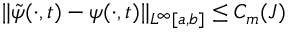
\| \tilde { \psi } ( \cdot , t ) - \psi ( \cdot , t ) \| _ { L ^ { \infty } [ a , b ] } \leq C _ { m } ( J )